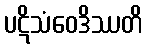
ပဋိသံဝေဒိဿတိ